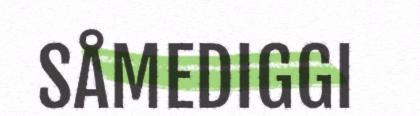
SÅMEDIGGI